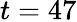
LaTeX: t=47